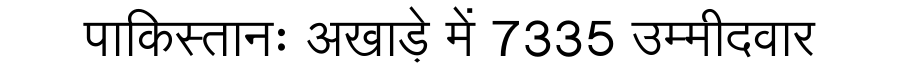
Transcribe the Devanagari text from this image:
पाकिस्तानः अखाड़े में 7335 उम्मीदवार